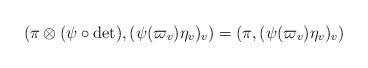
LaTeX: \begin{align*}(\pi \otimes (\psi \circ \det), (\psi(\varpi_v)\eta_v)_v ) = (\pi, (\psi(\varpi_v)\eta_v)_v )\end{align*}